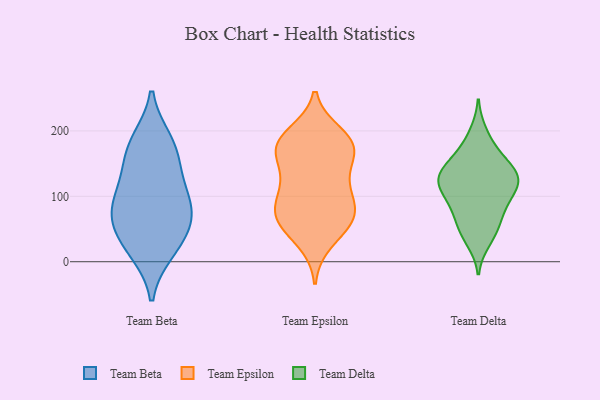
{"axis": {"x": "Population (Million)", "y": "Value"}, "legend": ["Team Beta", "Team Delta", "Team Epsilon"], "data": [{"x": "", "y": 84, "type": "Team Beta"}, {"x": "", "y": 123, "type": "Team Beta"}, {"x": "", "y": 184, "type": "Team Beta"}, {"x": "", "y": 69, "type": "Team Beta"}, {"x": "", "y": 102, "type": "Team Beta"}, {"x": "", "y": 24, "type": "Team Beta"}, {"x": "", "y": 73, "type": "Team Beta"}, {"x": "", "y": 156, "type": "Team Beta"}, {"x": "", "y": 49, "type": "Team Beta"}, {"x": "", "y": 177, "type": "Team Beta"}, {"x": "", "y": 17, "type": "Team Beta"}, {"x": "", "y": 67, "type": "Team Epsilon"}, {"x": "", "y": 171, "type": "Team Epsilon"}, {"x": "", "y": 127, "type": "Team Epsilon"}, {"x": "", "y": 177, "type": "Team Epsilon"}, {"x": "", "y": 165, "type": "Team Epsilon"}, {"x": "", "y": 95, "type": "Team Epsilon"}, {"x": "", "y": 113, "type": "Team Epsilon"}, {"x": "", "y": 182, "type": "Team Epsilon"}, {"x": "", "y": 51, "type": "Team Epsilon"}, {"x": "", "y": 75, "type": "Team Epsilon"}, {"x": "", "y": 68, "type": "Team Epsilon"}, {"x": "", "y": 195, "type": "Team Epsilon"}, {"x": "", "y": 179, "type": "Team Epsilon"}, {"x": "", "y": 85, "type": "Team Epsilon"}, {"x": "", "y": 31, "type": "Team Epsilon"}, {"x": "", "y": 64, "type": "Team Epsilon"}, {"x": "", "y": 131, "type": "Team Epsilon"}, {"x": "", "y": 182, "type": "Team Epsilon"}, {"x": "", "y": 48, "type": "Team Delta"}, {"x": "", "y": 31, "type": "Team Delta"}, {"x": "", "y": 136, "type": "Team Delta"}, {"x": "", "y": 80, "type": "Team Delta"}, {"x": "", "y": 49, "type": "Team Delta"}, {"x": "", "y": 86, "type": "Team Delta"}, {"x": "", "y": 113, "type": "Team Delta"}, {"x": "", "y": 129, "type": "Team Delta"}, {"x": "", "y": 72, "type": "Team Delta"}, {"x": "", "y": 107, "type": "Team Delta"}, {"x": "", "y": 128, "type": "Team Delta"}, {"x": "", "y": 137, "type": "Team Delta"}, {"x": "", "y": 108, "type": "Team Delta"}, {"x": "", "y": 170, "type": "Team Delta"}, {"x": "", "y": 198, "type": "Team Delta"}, {"x": "", "y": 165, "type": "Team Delta"}, {"x": "", "y": 124, "type": "Team Delta"}, {"x": "", "y": 145, "type": "Team Delta"}]}